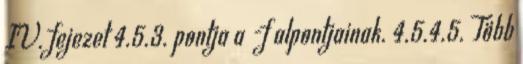
IV. fejezet 4.5.3. pontja a -f alpontjainak. 4.5.4.5. Több